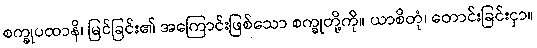
စက္ခုပထာနိ၊ မြင်ခြင်း၏ အကြောင်းဖြစ်သော စက္ခုတို့ကို။ ယာစိတုံ၊ တောင်းခြင်းငှာ။